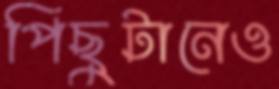
পিছুটানেও